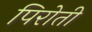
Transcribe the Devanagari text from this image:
पिरोती